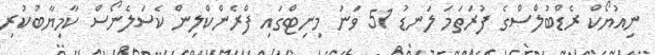
ނިއުޔޯކް ރެޑްބުލްސްގެ ފުރަތަމަ ލަނޑު 51 ވަނަ މިނިޓްގައި ފްރެންކްލިން ކެސަލެނޯސް ކާމިޔާބުކުރި